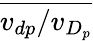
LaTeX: \overline{{v_{dp}/v_{D_{p}}}}